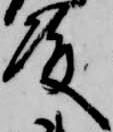
殿